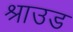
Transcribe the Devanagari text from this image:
श्राउड